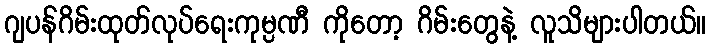
ဂျပန်ဂိမ်းထုတ်လုပ်ရေးကုမ္ပဏီ ကိုတော့ ဂိမ်းတွေနဲ့ လူသိများပါတယ်။